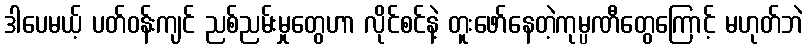
ဒါပေမယ့် ပတ်ဝန်းကျင် ညစ်ညမ်းမှုတွေဟာ လိုင်စင်နဲ့ တူးဖော်နေတဲ့ကုမ္ပဏီတွေကြောင့် မဟုတ်ဘဲ